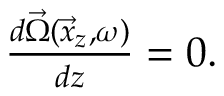
\begin{array} { r } { \frac { d \vec { \Omega } ( \vec { x } _ { z } , \omega ) } { d z } = 0 . } \end{array}